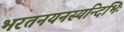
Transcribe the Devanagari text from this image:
भरतनयनस्यन्दिभिः